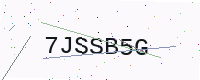
Text: 7JSSB5G